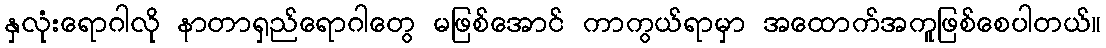
နှလုံးရောဂါလို နာတာရှည်ရောဂါတွေ မဖြစ်အောင် ကာကွယ်ရာမှာ အထောက်အကူဖြစ်စေပါတယ်။